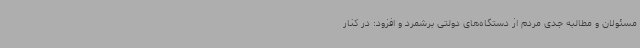
مسئولان و مطالبه جدی مردم از دستگاه‌های دولتی برشمرد و افزود: در کنار